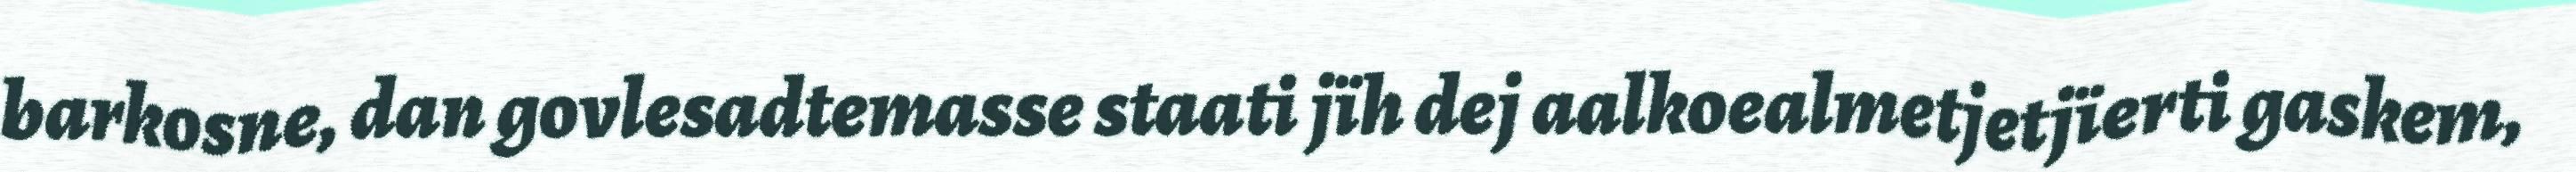
barkosne, dan govlesadtemasse staati jïh dej aalkoealmetjetjïerti gaskem,